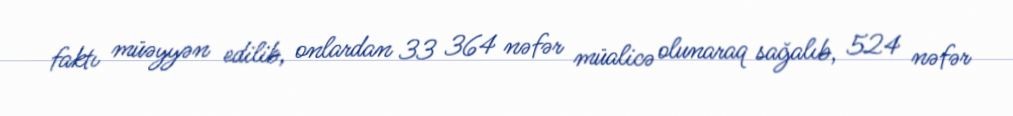
faktı müəyyən edilib, onlardan 33 364 nəfər müalicə olunaraq sağalıb, 524 nəfər